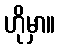
ဟိုမှာ။